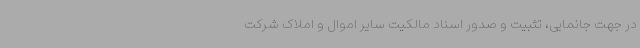
در جهت جانمایی، تثبیت و صدور اسناد مالکیت سایر اموال و املاک شرکت